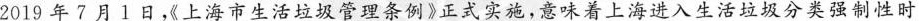
2019年7月1日《上海市生活垃圾管理条例》正式实施，意味着上海进入生活垃圾分类强制性时